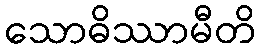
သောဓိဿာမီတိ